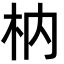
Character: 枘